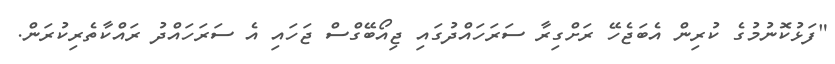
"ފަޅުކޮނުމުގެ ކުރިން އެބަޖެހޭ ރަށްގިރާ ސަރަހައްދުގައި ޖިއޯބޭގްސް ޖަހައި އެ ސަރަހައްދު ރައްކާތެރިކުރަން.